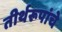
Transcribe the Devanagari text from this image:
तीर्थरूपांचे